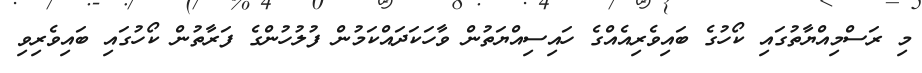
މި ރަސްމިއްޔާތުގައި ކޯހުގެ ބައިވެރިއެއްގެ ހައިސިއްޔަތުން ވާހަކަދައްކަމުން ފުލުހުންގެ ފަރާތުން ކޯހުގައި ބައިވެރިވި